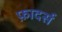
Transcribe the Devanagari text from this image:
फ़ादर्स